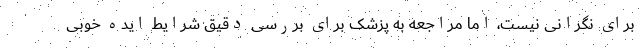
برای نگرانی نیست، اما مراجعه به پزشک برای بررسی دقیق شرایط ایده خوبی